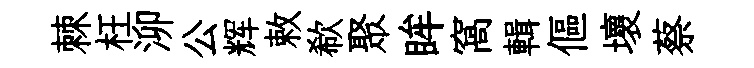
棘枉泖公辉敕欷聚眸窩輯傴壞蔡